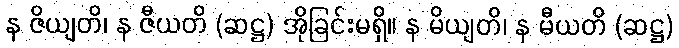
န ဇိယျတိ၊ န ဇီယတိ (ဆဋ္ဌ) အိုခြင်းမရှိ။ န မိယျတိ၊ န မီယတိ (ဆဋ္ဌ)